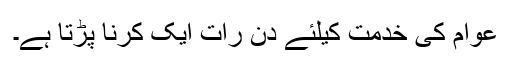
عوام کی خدمت کیلئے دن رات ایک کرنا پڑتا ہے۔